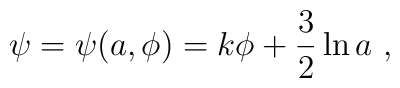
\psi = \psi (a, \phi) = k \phi + \frac{3}{2} \ln{a} \ ,